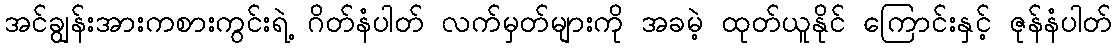
အင်ချွန်းအားကစားကွင်းရဲ့ ဂိတ်နံပါတ် လက်မှတ်များကို အခမဲ့ ထုတ်ယူနိုင် ကြောင်းနှင့် ဇုန်နံပါတ်